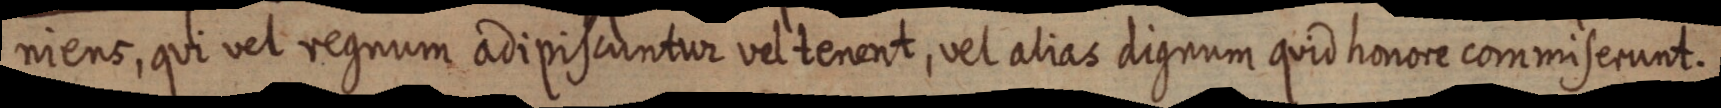
niens, qui vel regnum adipiscuntur vel tenent, vel alias dignum quid honore commiserunt.